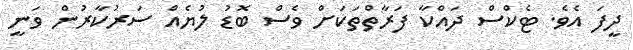
ދީފަ އެވެ. ޓެކްސް ދައްކާ ފަރާތްތަކަށް ވެސް ބޮޑު ލުޔެއް ސަރުކާރުން ވަނީ